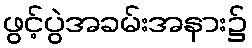
ဖွင့်ပွဲအခမ်းအနား၌